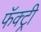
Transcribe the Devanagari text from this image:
फॅक्ट्री